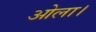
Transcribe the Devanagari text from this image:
ओला।